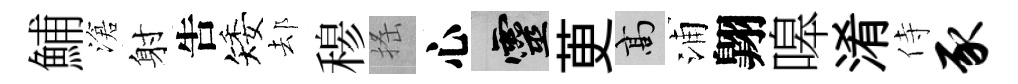
鯆滄射吿矮𨚫𥠇搖心靈茰高浦翺嗥淆侍豕